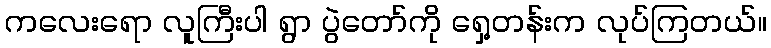
ကလေးရော လူကြီးပါ ရွာ ပွဲတော်ကို ရှေ့တန်းက လုပ်ကြတယ်။